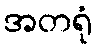
အတရုံ